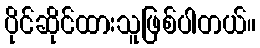
ပိုင်ဆိုင်ထားသူဖြစ်ပါတယ်။